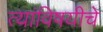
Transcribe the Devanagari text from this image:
त्यांविषयीचे